system: You are a helpful assistant.
user:
Analyze the provided spectrum to determine if it is a **M-type Giant (gM)**.

A M-type Giant spectrum is defined by its **strong molecular absorption** features, particularly from **Titanium Oxide (TiO)**. You must check for one of the following mutually exclusive signatures:

- **Key Visual Indicators (Absorption-Dominated Spectrum):**

    - **(Primary):** The spectrum is dominated by strong molecular absorption from **Titanium Oxide (TiO)**. This is the **defining feature** of its M-type temperature class.
        - **(Key Bandheads):** Look for sharp, "saw-tooth" absorption valleys. The strongest are located near **~7050 Å**, **~6160 Å**, and **~5170 Å**.
        - **(Line Profile):** The "saw-tooth" morphology is critical: a **sharp, steep drop on the BLUE (short-wavelength) side** of the bandhead, followed by a gradual recovery (rising flux) towards the RED (long-wavelength) side.

    - **(Key Confirmation - Giant vs. Dwarf):** **ABSENCE** of strong **Calcium Hydride (CaH)** molecular bands. This is the primary diagnostic for *excluding* M-dwarfs.
        - **(Key Region):** The spectrum should lack the strong, broad absorption band seen in dwarfs between **~6800 Å and ~7000 Å**.

    - **(Secondary Confirmation - Giant):** A very strong and broad **Neutral Calcium (Ca I)** atomic absorption line.
        - **(Key Line):** Located at **~4226 Å**. In a giant (gM), this line is significantly deeper and broader than the same line in an M-dwarf (dM) due to low surface gravity.

    - **(Overall Spectrum):**
        - The continuum is **extremely red-sloping** (i.e., flux is very low in the blue and rises dramatically towards the red).
        - The entire spectrum appears "chopped up" by the deep TiO bands.

Think first, call **spectral_visualization_tool** if needed to examine features in detail, then provide your final answer. Your response must adhere to the following strict rules:
1.  **Overall Structure:** Your response must follow the format `<think>...</think> <tool_call>...</tool_call> (if a tool is used) <answer>...</answer>`.
2.  **Tool Usage Constraint:** You may only make **one** tool call per turn.
3.  **Final Answer Format:** In the `<answer>` tag, your conclusion must be inside a `\boxed{}` command (e.g., `\boxed{YES}` or `\boxed{NO}`), followed by your justification.

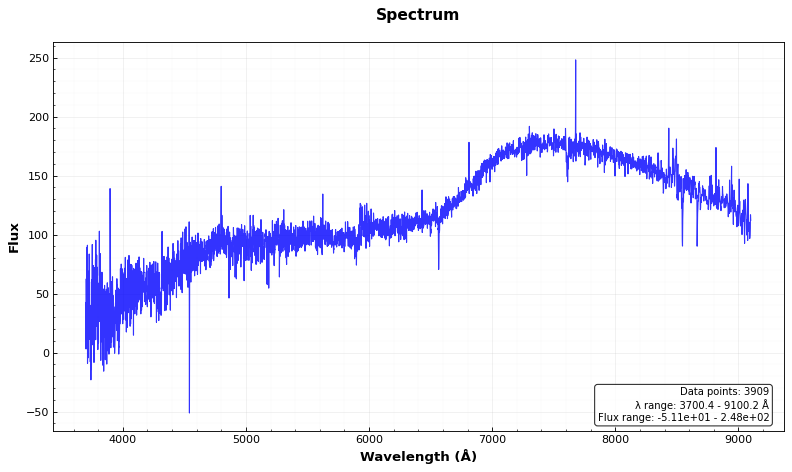
Answer: NO